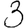
Digit: 3